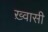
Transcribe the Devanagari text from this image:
ख़्वासी